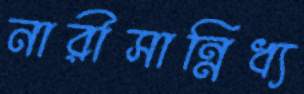
নারীসান্নিধ্য